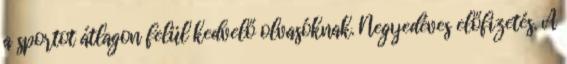
a sportot átlagon felül kedvelő olvasóknak. Negyedéves előfizetés. A